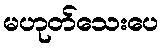
မဟုတ်သေးပေ